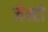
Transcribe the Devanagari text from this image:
जेन्टो